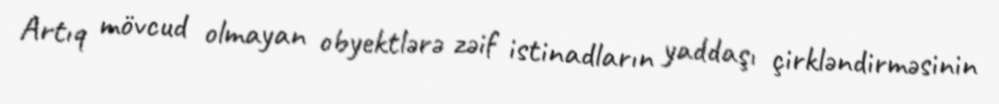
Artıq mövcud olmayan obyektlərə zəif istinadların yaddaşı çirkləndirməsinin